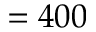
= 4 0 0